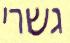
גשרי